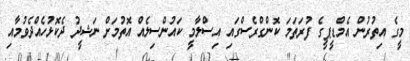
މީގެ އިތުރުން އެމްޑީޕީގެ ފުރަތަމަ ކޮންގްރެސްގައި އިސްލާމީ ކައުންސިލެއް އޮތުމަށް ނަޝީދު ދެކޮޅުހެއްދެވުމާއި